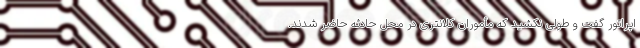
اپراتور گفت و طولی نکشید که مأموران کلانتری در محل حادثه حاضر شدند.